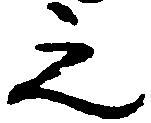
之